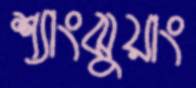
শ্যাংঝুয়াং